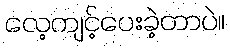
လေ့ကျင့်ပေးခဲ့တာပဲ။